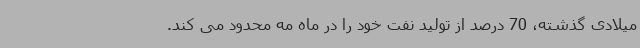
میلادی گذشته، 70 درصد از تولید نفت خود را در ماه مه محدود می کند.